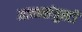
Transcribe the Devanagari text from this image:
आत्मसंतुस्टी